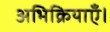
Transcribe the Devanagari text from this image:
अभिक्रियाएँ।